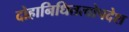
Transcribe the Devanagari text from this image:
दोहानिधितत्वोपदेश